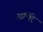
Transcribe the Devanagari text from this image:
अंभिरे